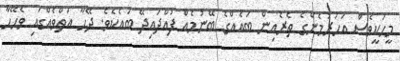
މީހަކީވެސް އަހަރުމެންގެ ތެރެއިން ބައެއްގެ ބޭނުމެއް ފުއްދައިދޭ ބައެކެވެ. ދޭހާ އަތްވެއްގައި ވެހޭހާ